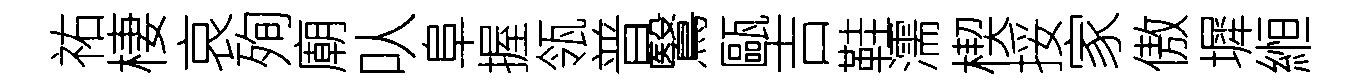
祐棲哀殉廟㕥阜握瓴普鷖甌吉鞋濡楔挼家傲墀縆